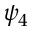
\psi _ { 4 }